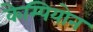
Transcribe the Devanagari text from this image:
केम्पियोन